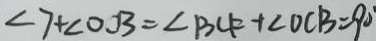
\angle 7 + \angle O O B = \angle B C F + \angle O C B = 9 0 ^ { \circ }